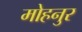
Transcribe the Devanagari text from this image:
मोहनुर